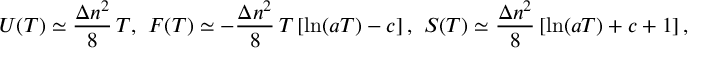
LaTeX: U ( T ) \simeq \frac { \Delta n ^ { 2 } } { 8 } \, T { , } \; \; F ( T ) \simeq - \frac { \Delta n ^ { 2 } } { 8 } \, T \left[ \ln ( a T ) - c \right] { , } \; \; S ( T ) \simeq \frac { \Delta n ^ { 2 } } { 8 } \left[ \ln ( a T ) + c + 1 \right] { , }